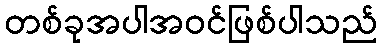
တစ်ခုအပါအဝင်ဖြစ်ပါသည်